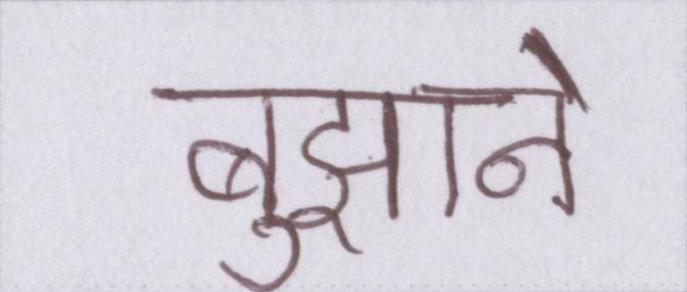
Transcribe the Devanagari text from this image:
बुझाने